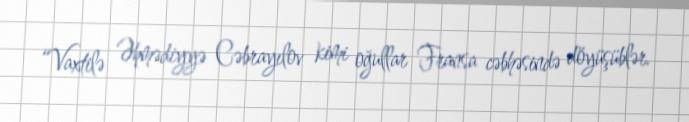
“Vaxtilə Əhmədiyyə Cəbrayılov kimi oğullar Fransa cəbhəsində döyüşüblər.